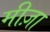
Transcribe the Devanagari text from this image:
मीज़ा